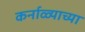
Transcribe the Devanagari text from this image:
कर्नाळ्याच्या